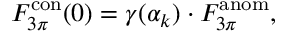
F _ { 3 \pi } ^ { \mathrm { c o n } } ( 0 ) = \gamma ( \alpha _ { k } ) \cdot F _ { 3 \pi } ^ { \mathrm { a n o m } } ,